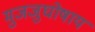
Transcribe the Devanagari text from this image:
मुजजुघोषाय